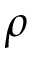
\rho